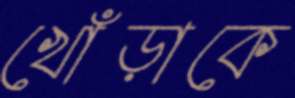
খোঁড়াকে